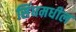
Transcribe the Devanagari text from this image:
सिंधमधील